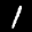
Label: 1